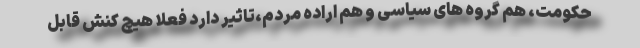
حکومت، هم گروه های سیاسی و هم اراده مردم،تاثیر دارد فعلا هیچ کنش قابل